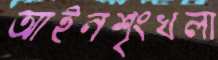
আইনশৃংখলা